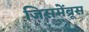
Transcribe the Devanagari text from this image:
जिसमेंब्रूस